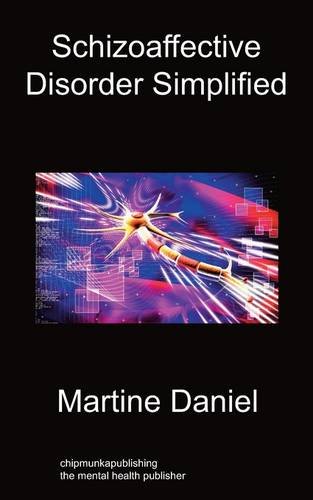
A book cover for Schizoaffective Disorder Simplified; Martine Daniel; Health, Fitness & Dieting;